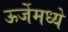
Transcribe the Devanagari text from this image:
ऊर्जेमध्ये